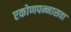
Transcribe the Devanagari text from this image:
एकोणपन्नासवा